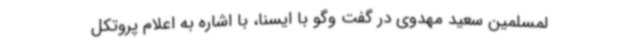
لمسلمین سعید مهدوی در گفت وگو با ایسنا، با اشاره به اعلام پروتکل